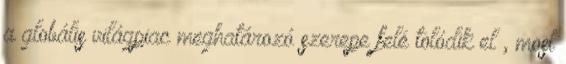
a globális világpiac meghatározó szerepe felé tolódik el”, most